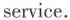
service.